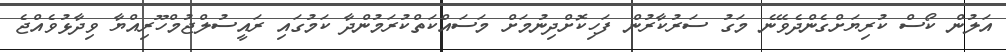
އަލުން ކޯސް ކުރިޔަށްގެންދެވޭނެ މަގު ސަރުކާރުން ފަހިކޮށްދިނުމަށް މަސައްކަތްކުރަމުންދާ ކަމުގައި ރައީސުލްޖުމްހޫރިއްޔާ ވިދާޅުވެއްޖެ